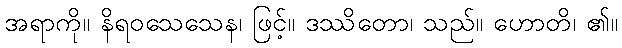
အရာကို။ နိရဝသေသေန၊ ဖြင့်။ ဒဿိတော၊ သည်။ ဟောတိ၊ ၏။